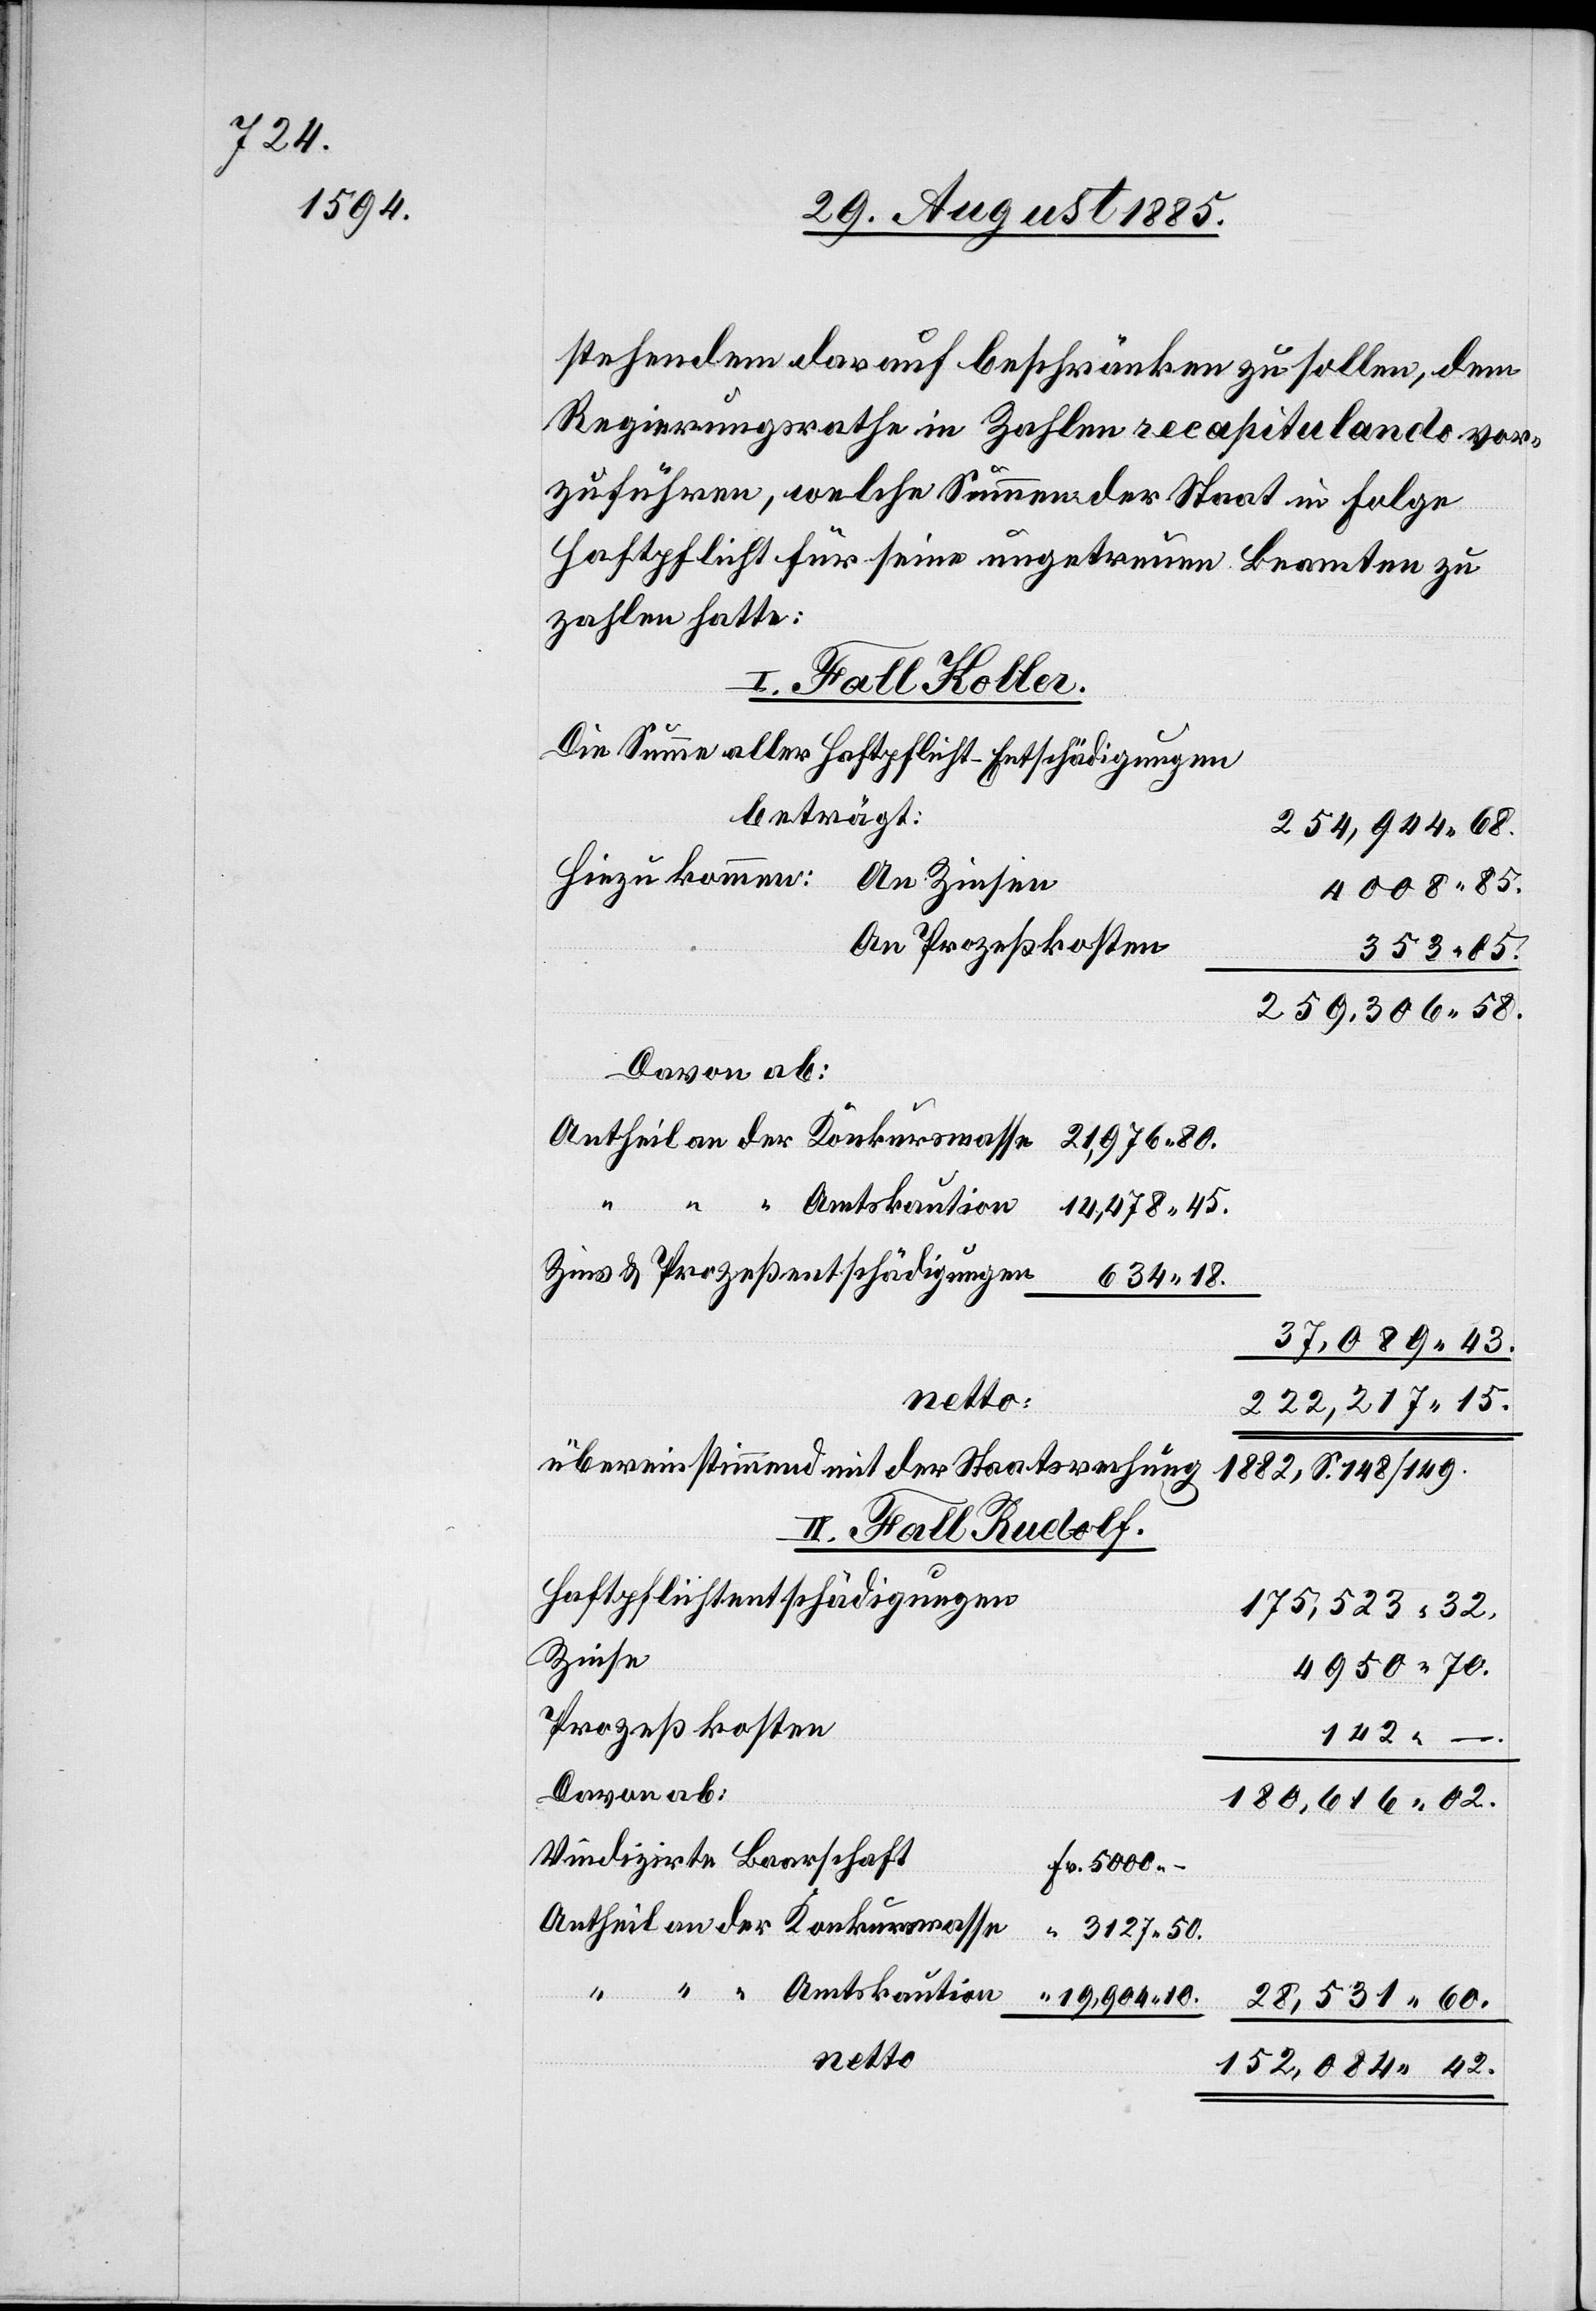
stehendem darauf beschränken zu sollen, dem
Regierungsrathe in Zahlen recapitulando vor¬
zuführen, welche Summen der Staate in Folge
Haftpflicht für seine ungetreuen Beamten zu
zahlen hatte:
I. Fall Koller.
Die Summe aller Haftpflicht-Entschädigungen
beträgt:
254,944 68.
Hinzu kommen:
An Zinsen
4008 85.
An Prozeßkosten
353 85.
259,306 58.
Davon ab:
37,089 43.
netto:
222,217 15.
übereinstimmend mit der Staatsrechnung
1882, S. 148/149.
II. Fall Rudolf.
Haftpflichtentschädigungen
175,523 32.
Zinse
4950 70.
Prozeßkosten
142 –.
Davon ab:
180,616 02.
Vindizirte Baarschaft
28,531 60.
netto:
152,084 42.